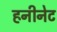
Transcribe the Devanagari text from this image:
हनीनेट